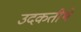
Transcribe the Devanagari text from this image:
उदकतीर्थे